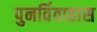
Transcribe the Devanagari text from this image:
पुनर्विवाहास